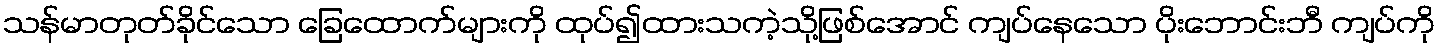
သန်မာတုတ်ခိုင်သော ခြေထောက်များကို ထုပ်၍ထားသကဲ့သို့ဖြစ်အောင် ကျပ်နေသော ပိုးဘောင်းဘီ ကျပ်ကို